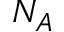
N _ { A }